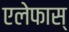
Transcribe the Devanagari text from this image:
एलेफास्